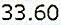
33.60